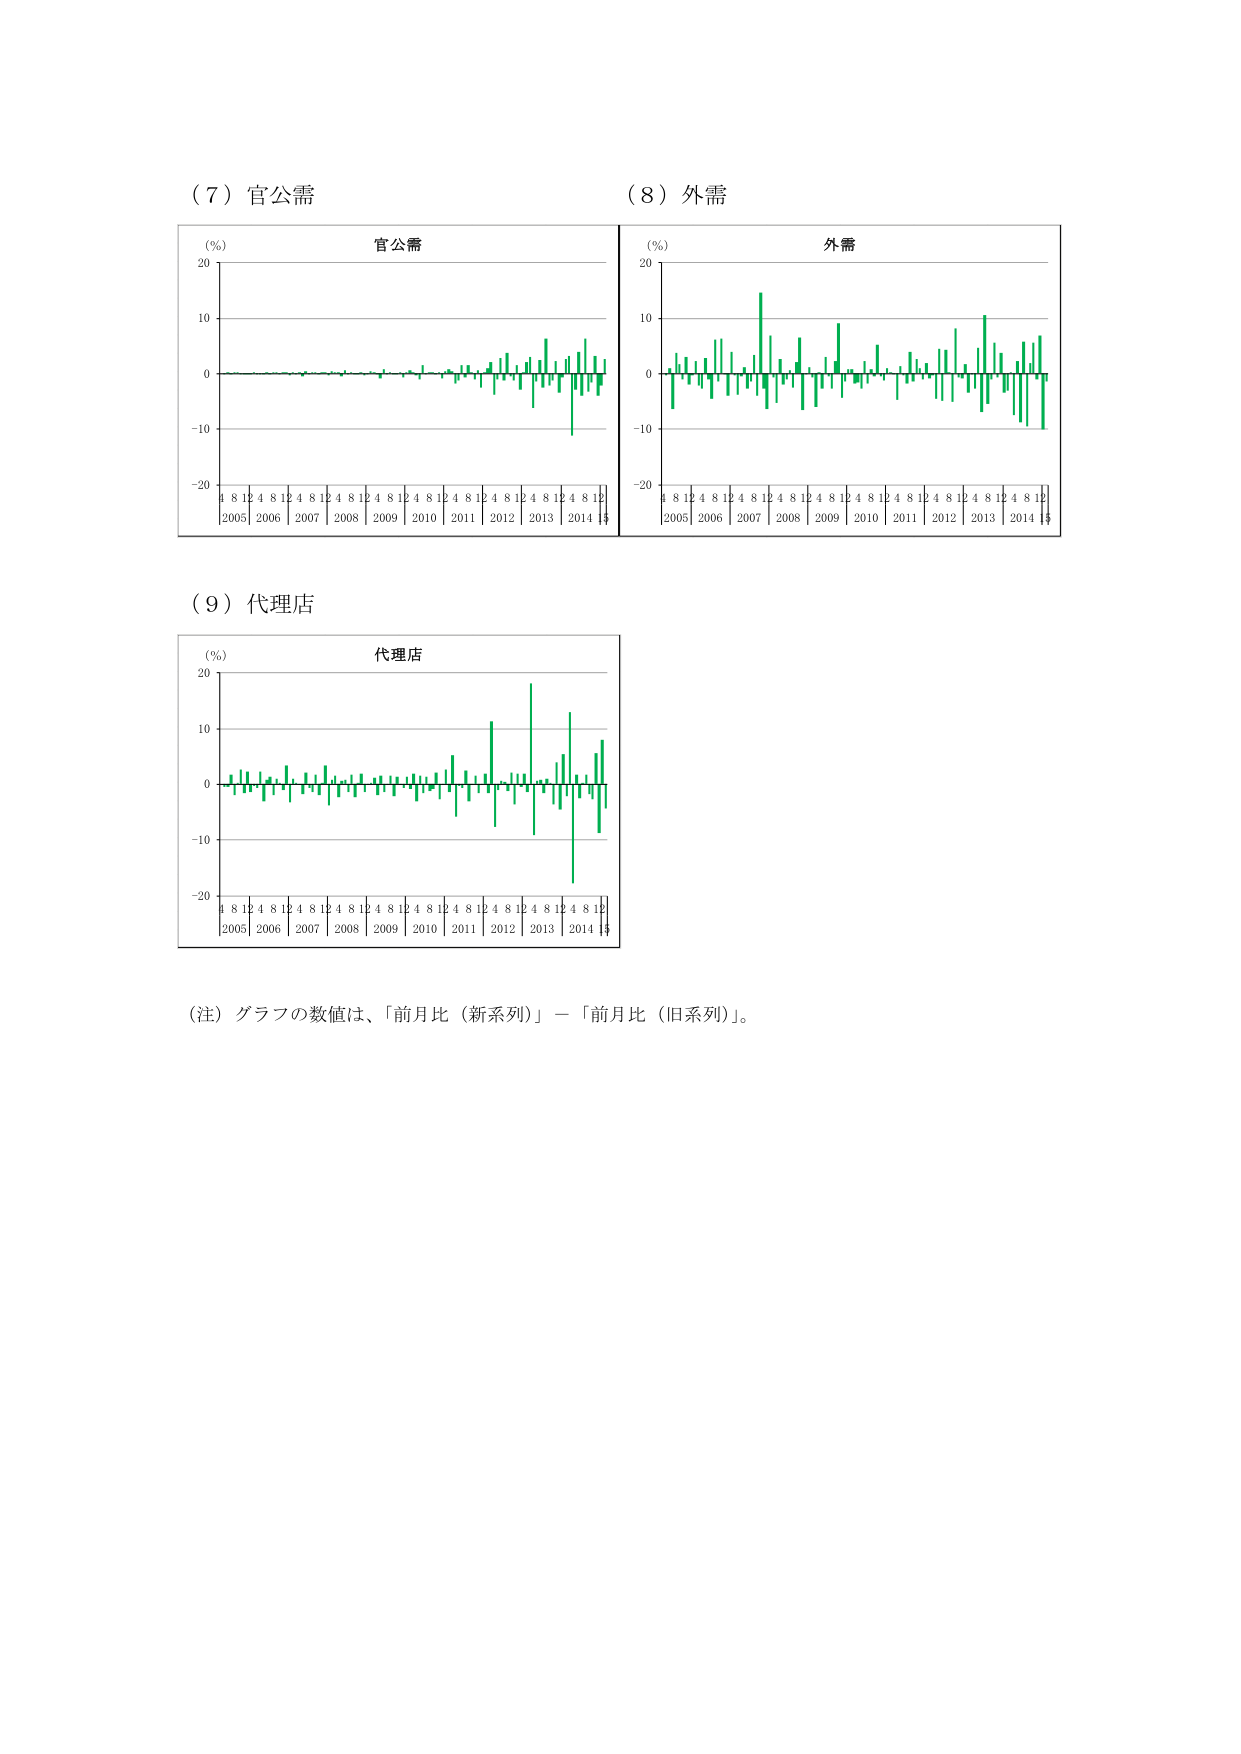
（７）官公需
（％）
官公需
20
10
0
-10
-20
4 8 12 4 8 12 4 8 12 4 8 12 4 8 12 4 8 12 4 8 12 4 8 12 4 8 12 4 8 12
2005 2006 2007 2008 2009 2010 2011 2012 2013 2014

（８）外需
（％）
外需
20
10
0
-10
-20
4 8 12 4 8 12 4 8 12 4 8 12 4 8 12 4 8 12 4 8 12 4 8 12 4 8 12 4 8 12
2005 2006 2007 2008 2009 2010 2011 2012 2013 2014

（９）代理店
（％）
代理店
20
10
0
-10
-20
4 8 12 4 8 12 4 8 12 4 8 12 4 8 12 4 8 12 4 8 12 4 8 12 4 8 12 4 8 12
2005 2006 2007 2008 2009 2010 2011 2012 2013 2014

（注）グラフの数値は、「前月比（新系列）」－「前月比（旧系列）」。